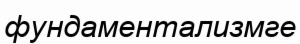
фундаментализмге